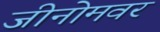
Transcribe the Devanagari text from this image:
जीनोमवर